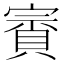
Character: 賨